Lunatic asylums in Bengal annual reports 1899-1911 - 1899-1911
Year: 1899
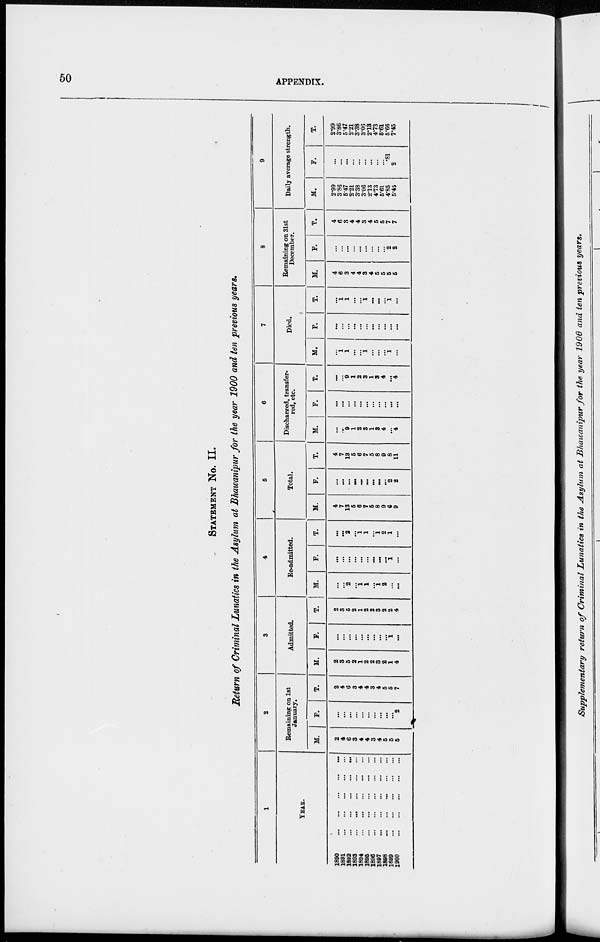
50
APPENDIX.
STATEMENT NO. II.
Return of Criminal Lunatics in the Asylum at Bhawanipur for the year 1900 and ten previous years.
1
YEAR.
1890
...
...
...
...
...
1891
...
...
...
...
...
1892
...
...
...
...
...
1893
...
...
...
...
...
1894
...
...
...
...
...
1896
...
...
...
...
...
1896
...
...
...
...
...
1897
...
...
...
...
...
1898
...
...
...
...
...
1899
...
...
...
...
...
1900
...
...
...
...
...
2
Remaining on 1st
January.
M.
2
4
6
3
4
4
3
4
5
5
5
F.
...
...
...
...
...
...
...
...
...
...
2
T.
2
4
6
3
4
4
3
4
5
5
7
3
Admitted.
M.
2
3
5
2
1
2
2
3
2
1
4
F.
...
...
...
...
...
...
...
...
...
1
...
T.
2
3
5
2
1
2
2
3
2
2
4
4
Re-admitted.
M.
...
...
2
...
... 1
...
1
2
...
...
F.
...
...
...
...
...
...
...
...
...
1
...
T.
...
...
2
...
1
1
...
1 2
1
...
6
Total.
M.
4
7
13
5
6
7
5
8
9
6
9
F.
...
...
...
...
...
...
...
...
...
2
2
T.
4
7
13
5
6
7
5
8
9
8
11
6
Discharged, transfer-
red, etc.
M.
...
...
9
1
2
3
1
3
4
...
4
F.
...
...
...
...
...
...
...
...
...
...
...
T.
...
...
9
1
2
3
1
3
4
...
4
7
M.
...
1
1
...
...
1
...
...
...
1
...
Died.
F.
...
...
...
...
...
...
...
...
...
...
...
T.
...
1
1
...
...
1
...
...
...
1
...
8
Remaining on 31st
December.
M.
4
6
3
4
4
3
4
5
5
5
5
F.
...
...
...
...
...
...
...
...
...
2
2
T.
4
6
3
4
4
3
4
5
5
7
7
9
Daily average strength.
M.
2.99
3.86
5.47
2.2l
3.38
3.06
2.13
4.73
5.6l
4.85
5.45
F.
...
...
...
...
...
...
...
...
...
.81
2
T.
2.99
3.86
5.47
2.21
3.38
3.06
2.13
4.73
5.61
5.66
7.45